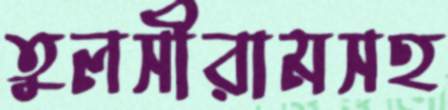
তুলসীরামসহ